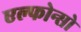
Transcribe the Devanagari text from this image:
एल्फोन्सो